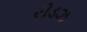
રીડઝ